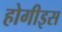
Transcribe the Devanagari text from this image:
होगीइस